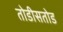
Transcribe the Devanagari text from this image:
तोडीसतोड